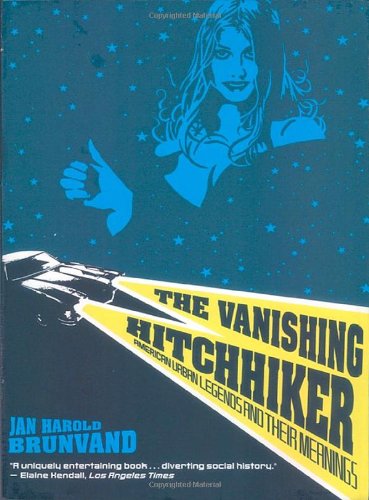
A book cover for The Vanishing Hitchhiker: American Urban Legends and Their Meanings; Jan Harold Brunvand; Humor & Entertainment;